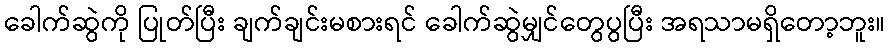
ခေါက်ဆွဲကို ပြုတ်ပြီး ချက်ချင်းမစားရင် ခေါက်ဆွဲမျှင်တွေပွပြီး အရသာမရှိတော့ဘူး။